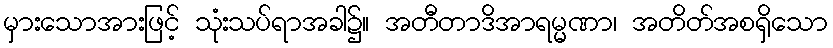
မှားသောအားဖြင့် သုံးသပ်ရာအခါ၌။ အတီတာဒိအာရမ္မဏာ၊ အတိတ်အစရှိသော